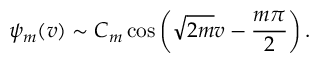
\psi _ { m } ( v ) \sim C _ { m } \cos \left( \sqrt { 2 m } v - \frac { m \pi } { 2 } \right) .